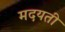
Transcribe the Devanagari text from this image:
मदयती